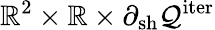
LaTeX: \mathbb{R}^{2}\times\mathbb{R}\times\partial_{\mathrm{sh}}\mathcal{Q}^{\mathrm{iter}}